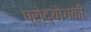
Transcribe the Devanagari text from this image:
प्रोद्योगकी